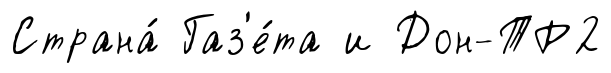
Страна́ Газ'е́та и Дон-ТР2